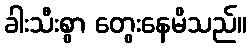
ခါးသီးစွာ တွေးနေမိသည်။